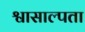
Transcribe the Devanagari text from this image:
श्वासाल्पता